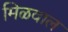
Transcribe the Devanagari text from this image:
मिळवाल